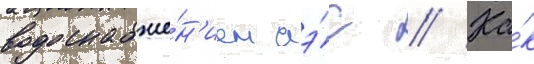
водоснабже́н'ием аэ́с // Ка́к